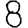
Digit: 8